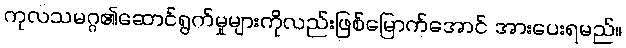
ကုလသမဂ္ဂ၏ဆောင်ရွက်မှုများကိုလည်းဖြစ်မြောက်အောင် အားပေးရမည်။